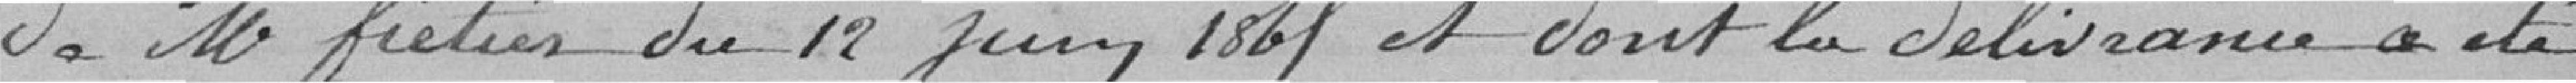
de Monsieur FIETIER? du 12 juin 1865 et dont la délivrance a été